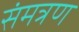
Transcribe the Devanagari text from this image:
संमत्रण